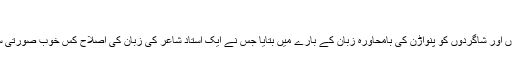
‘‘
واپس آکر انہوں نے اپنے ساتھیوں اور شاگردوں کو پنواڑن کی بامحاورہ زبان کے بارے میں بتایا جس نے ایک استاد شاعر کی زبان کی اصلاح کس خوب صورتی سے بغیر تنبیہہ کے کر دی تھی۔